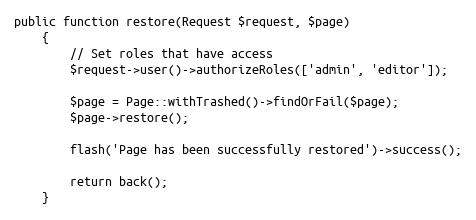
Language: PHP
public function restore(Request $request, $page)
    {
        // Set roles that have access
        $request->user()->authorizeRoles(['admin', 'editor']);

        $page = Page::withTrashed()->findOrFail($page);
        $page->restore();

        flash('Page has been successfully restored')->success();

        return back();
    }